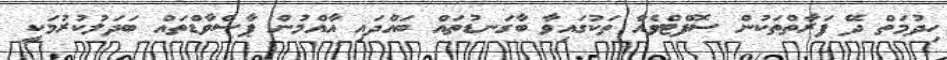
ހިދުމަތް ދޭ ފަރާތްތަކުން ސޮފްޓްވެއާ ތަކުގައިވާ ބާގަނޑުތައް ބައްދައި އާއްމުން ޕާސްވާޑްތައް ބަދަލުކުރުމަކީ